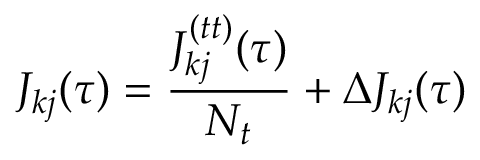
J _ { k j } ( \tau ) = \frac { J _ { k j } ^ { ( t t ) } ( \tau ) } { N _ { t } } + \Delta J _ { k j } ( \tau )